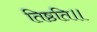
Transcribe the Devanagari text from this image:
तिष्ठति॥